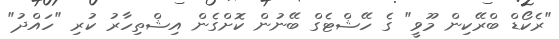
"ރެކޯޑް ބްރޭކިން މޫވީ" ގެ ހޭޝްޓެގް ބޭނުން ކޮށްގެން އިޝްތިހާރު ކުރި "ހައްދު"